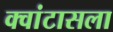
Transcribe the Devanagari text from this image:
क्वांटासला